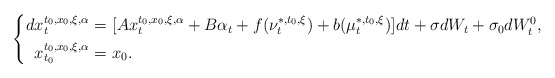
\begin{align*}\left\{\begin{aligned}dx_t^{t_0,x_0,\xi,\alpha}=&~[Ax_t^{t_0,x_0,\xi,\alpha}+B\alpha_t+f(\nu_t^{*,t_0,\xi})+b(\mu_t^{*,t_0,\xi})]dt+\sigma dW_t+\sigma_0dW^0_t,\\x_{t_0}^{t_0,x_0,\xi,\alpha}=&~x_0.\end{aligned}\right.\end{align*}